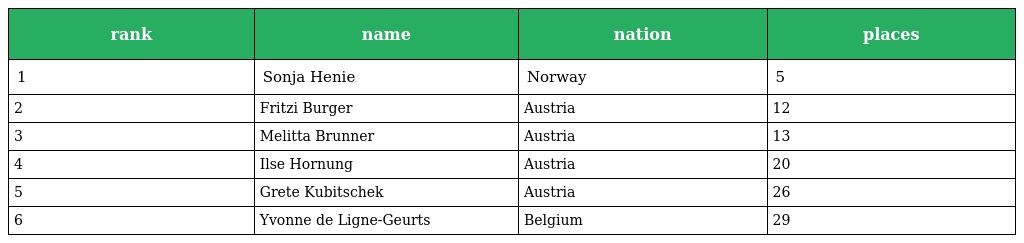
| rank | name | nation | places |
 | --- | --- | --- | --- |
 | 1 | Sonja Henie | Norway | 5 |
 | 2 | Fritzi Burger | Austria | 12 |
 | 3 | Melitta Brunner | Austria | 13 |
 | 4 | Ilse Hornung | Austria | 20 |
 | 5 | Grete Kubitschek | Austria | 26 |
 | 6 | Yvonne de Ligne-Geurts | Belgium | 29 |